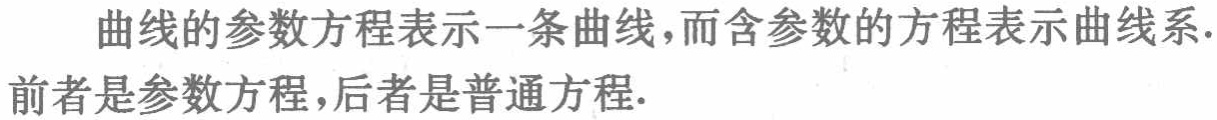
曲线的参数方程表示一条曲线，而含参数的方程表示曲线系.前者是参数方程，后者是普通方程.